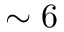
\sim 6